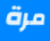
مرة